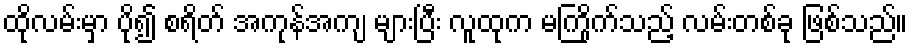
ထိုလမ်းမှာ ပို၍ စရိတ် အကုန်အကျ များပြီး လူထုက မကြိုက်သည့် လမ်းတစ်ခု ဖြစ်သည်။